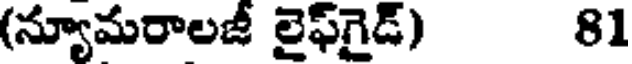
(న్యూమరాలజీ లైఫ్గైడ్) 81